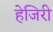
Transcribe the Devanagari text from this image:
हेजिरी